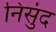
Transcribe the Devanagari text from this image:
निसुंद